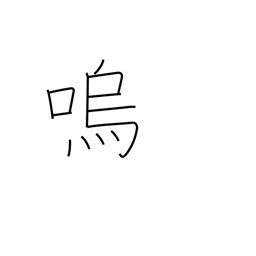
Meaning: alas